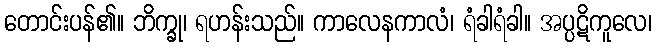
တောင်းပန်၏။ ဘိက္ခု၊ ရဟန်းသည်။ ကာလေနကာလံ၊ ရံခါရံခါ။ အပ္ပဋိကူလေ၊